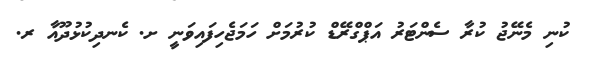
ކުނި މެނޭޖު ކުރާ ސެންޓަރު އަޕްގްރޭޑް ކުރުމަށް ހަމަޖެހިފައިވަނީ ށ. ކެނދިކުޅުދޫއާ ރ.